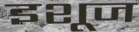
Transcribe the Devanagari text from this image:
इशूज